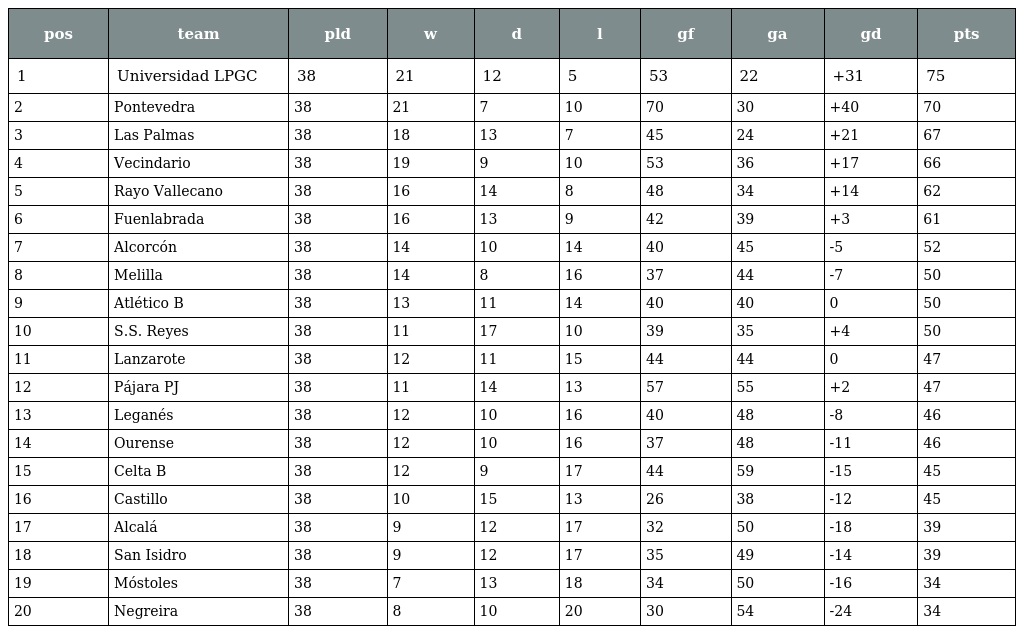
| pos | team | pld | w | d | l | gf | ga | gd | pts |
 | --- | --- | --- | --- | --- | --- | --- | --- | --- | --- |
 | 1 | Universidad LPGC | 38 | 21 | 12 | 5 | 53 | 22 | +31 | 75 |
 | 2 | Pontevedra | 38 | 21 | 7 | 10 | 70 | 30 | +40 | 70 |
 | 3 | Las Palmas | 38 | 18 | 13 | 7 | 45 | 24 | +21 | 67 |
 | 4 | Vecindario | 38 | 19 | 9 | 10 | 53 | 36 | +17 | 66 |
 | 5 | Rayo Vallecano | 38 | 16 | 14 | 8 | 48 | 34 | +14 | 62 |
 | 6 | Fuenlabrada | 38 | 16 | 13 | 9 | 42 | 39 | +3 | 61 |
 | 7 | Alcorcón | 38 | 14 | 10 | 14 | 40 | 45 | -5 | 52 |
 | 8 | Melilla | 38 | 14 | 8 | 16 | 37 | 44 | -7 | 50 |
 | 9 | Atlético B | 38 | 13 | 11 | 14 | 40 | 40 | 0 | 50 |
 | 10 | S.S. Reyes | 38 | 11 | 17 | 10 | 39 | 35 | +4 | 50 |
 | 11 | Lanzarote | 38 | 12 | 11 | 15 | 44 | 44 | 0 | 47 |
 | 12 | Pájara PJ | 38 | 11 | 14 | 13 | 57 | 55 | +2 | 47 |
 | 13 | Leganés | 38 | 12 | 10 | 16 | 40 | 48 | -8 | 46 |
 | 14 | Ourense | 38 | 12 | 10 | 16 | 37 | 48 | -11 | 46 |
 | 15 | Celta B | 38 | 12 | 9 | 17 | 44 | 59 | -15 | 45 |
 | 16 | Castillo | 38 | 10 | 15 | 13 | 26 | 38 | -12 | 45 |
 | 17 | Alcalá | 38 | 9 | 12 | 17 | 32 | 50 | -18 | 39 |
 | 18 | San Isidro | 38 | 9 | 12 | 17 | 35 | 49 | -14 | 39 |
 | 19 | Móstoles | 38 | 7 | 13 | 18 | 34 | 50 | -16 | 34 |
 | 20 | Negreira | 38 | 8 | 10 | 20 | 30 | 54 | -24 | 34 |